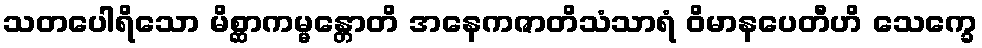
သတပေါရိသော မိစ္ဆာကမ္မန္တောတိ အနေကဇာတိသံသာရံ ဝိမာနပေတီဟိ သေက္ခေ